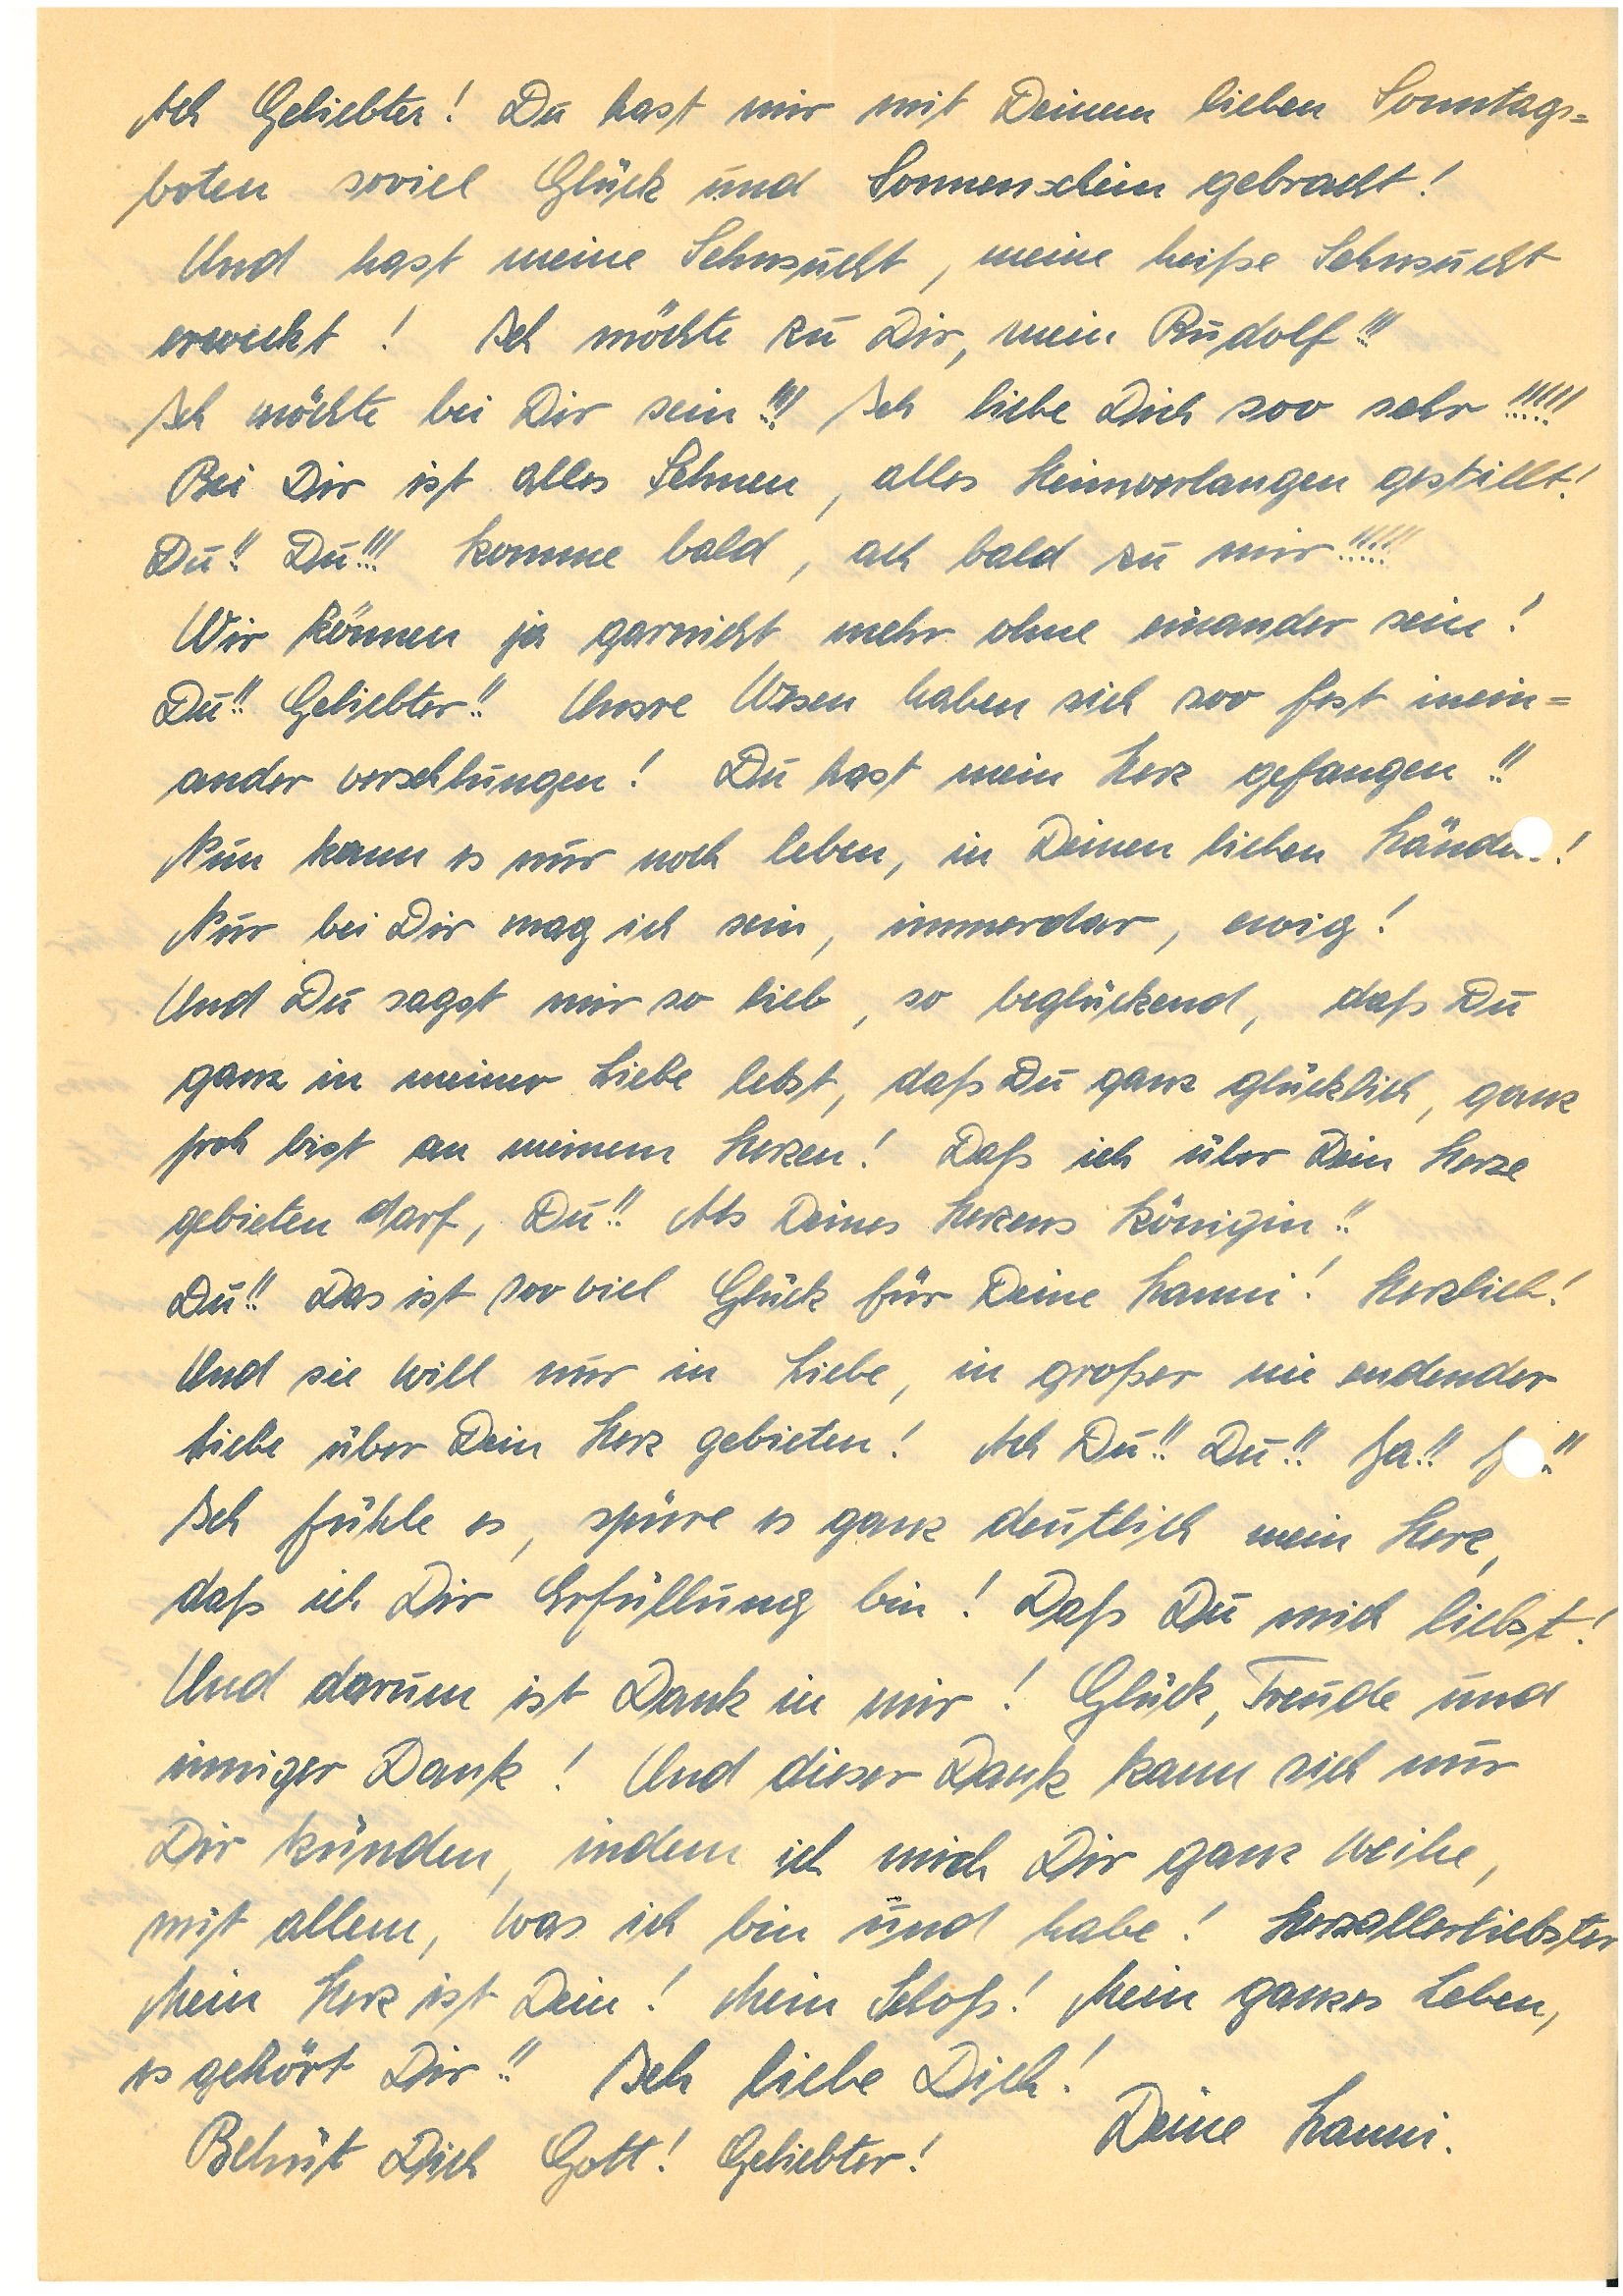
Ach Geliebter! Du hast mir mit Deinem lieben Sonntags¬
boten soviel Glück und Sonnenschein gebracht!
Und  hast meine Sehnsucht, meine heiße Sehnsucht
erweckt! Ich möchte zu Dir, mein !!!
Ich möchte bei Dir sein!!! Ich liebe Dich soo sehr!!!!!
Bei Dir ist alles Sehnen, alles Heimverlangen gestillt!
Du!! Du!!! Komme bald, ach bald zu mir!!!!!
Wir können ja garnicht mehr ohne einander sein!
Du!! Geliebter!! Unsre Wesen haben sich soo fest inein¬
ander verschlungen! Du hast mein Herz gefangen!!
Nun kann es nur noch leben, in Deinen lieben Händen!
Nur bei Dir mag ich sein, immerdar, ewig!
Und Du sagst mir so lieb, so beglückend, daß Du
ganz in meiner Liebe lebst, daß Du ganz glücklich, ganz
froh bist an meinem Herzen! Daß ich über Dein Herze
gebieten darf, Du!! Als Deines Herzens Königin!!
Du!! Das ist soo viel Glück für Deine ! Herzlieb!
Und sie will nur in Liebe, in großer, nie endender
Liebe über Dein Herz gebieten! Ach Du!! Du!! Ja!! Ja!!
Ich fühle es, spüre es ganz deutlich mein Herz,
daß ich Dir Erfüllung bin! Daß Du mich liebst!
Und darum ist Dank in mir! Glück, Freude und
inniger Dank! Und dieser Dank kann sich nur
Dir künden, indem ich mich Dir ganz weihe,
mit allem, was ich bin und habe! Herzallerliebster
Mein Herz ist Dein! Mein Schoß! Mein ganzes Leben,
es gehört Dir!! Ich liebe Dich!
Behüt Dich Gott! Geliebter! Deine .